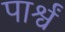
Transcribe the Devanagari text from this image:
पार्श्वं